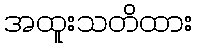
အထူးသတိထား